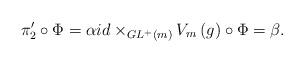
LaTeX: \begin{align*}\pi'_2\circ\Phi=\alpha {id}\times_{GL^+\left(m\right)}V_m\left({g}\right)\circ \Phi=\beta.\end{align*}